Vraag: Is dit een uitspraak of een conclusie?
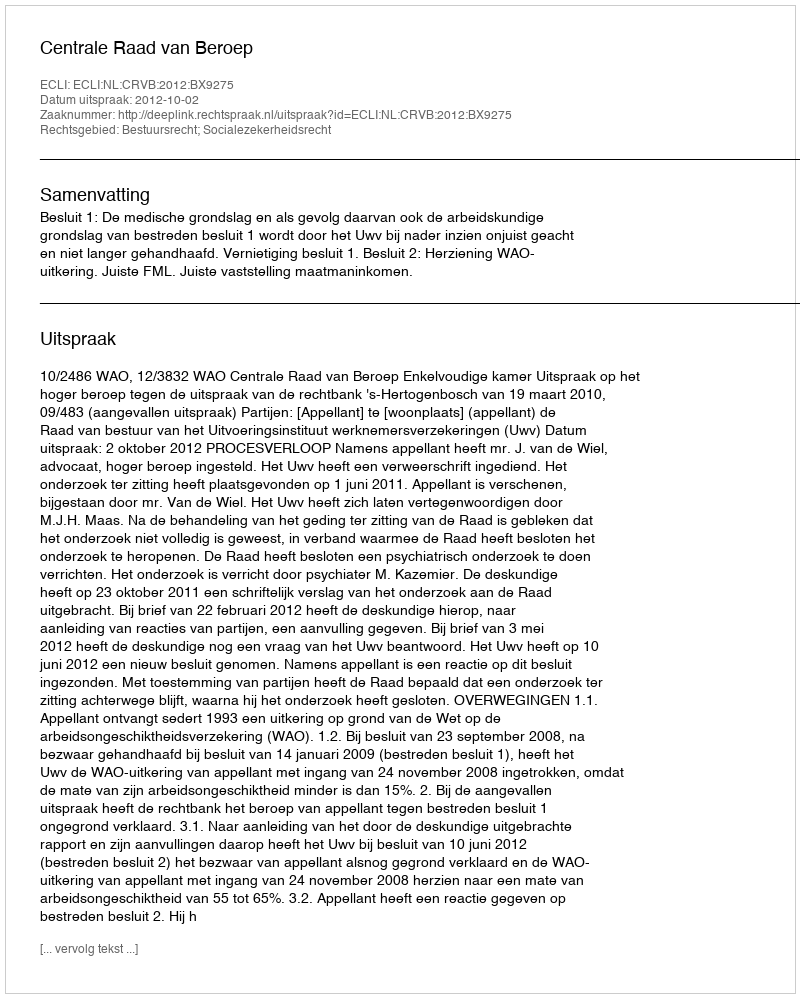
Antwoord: Uitspraak